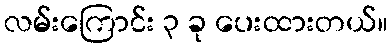
လမ်းကြောင်း ၃ ခု ပေးထားတယ်။